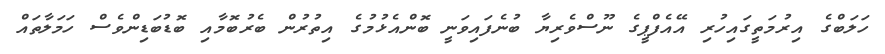
ހަލަބްގެ އިރުމަތީގައިހުރި އޭއެފްޕީގެ ނޫސްވެރިޔާ ބުނެފައިވަނީ ބޮންއެޅުމުގެ އިތުރުން ބެރުބޮމާއި ބޮޑުބަޑިންވެސް ހަމަލާތައް